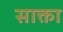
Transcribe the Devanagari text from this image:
साक्ता